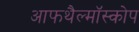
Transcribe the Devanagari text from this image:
आफथैल्मॉस्कोप